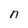
Character: n